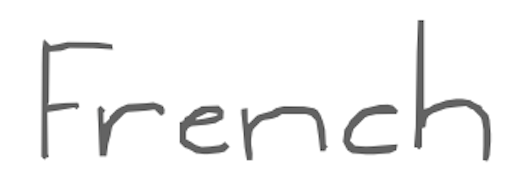
Text: French
Cross-out: clean
Writing tool: digital_gray